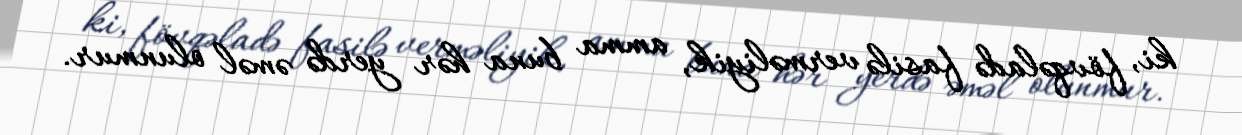
ki, fövqəladə fasilə verməliyik, amma buna hər yerdə əməl olunmur.